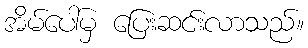
အိမ်ပေါ်မှ ပြေးဆင်းလာသည်။